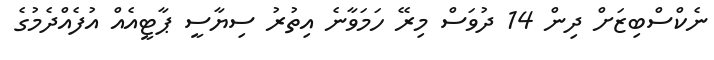
ނެކްސްބިޒަށް ދިން 14 ދުވަސް މިރޭ ހަމަވާނެ އިތުރު ސިޔާސީ ޕާޓީއެއް އުފެއްދެމުގެ